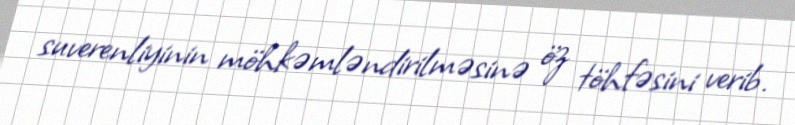
suverenliyinin möhkəmləndirilməsinə öz töhfəsini verib.